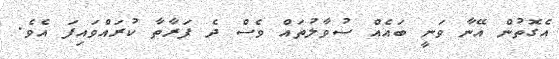
އެގޮތުން އޭނާ ވަނީ ބައެއް ސުވާލުތައް ވެސް ދެ ފަރާތާ ކުރައްވައިފަ އެވެ.